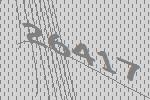
26417